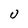
Character: 0